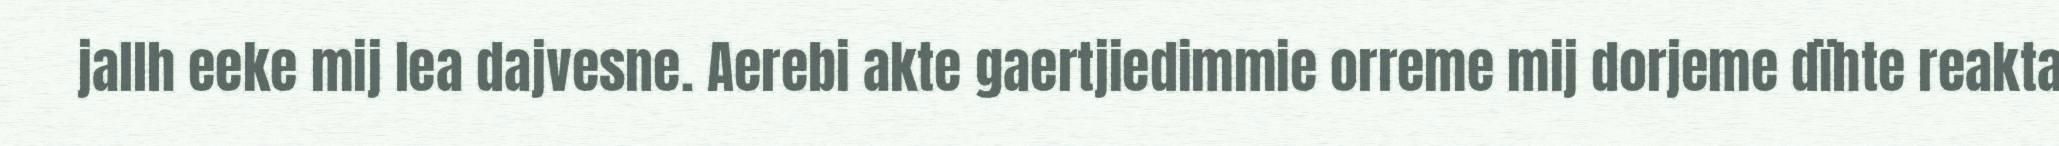
jallh eeke mij lea dajvesne. Aerebi akte gaertjiedimmie orreme mij dorjeme dïhte reakta